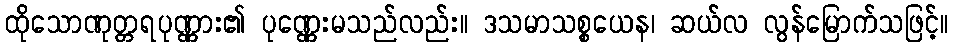
ထိုသောဏုတ္တရပုဏ္ဏား၏ ပုဏ္ဏေးမသည်လည်း။ ဒသမာသစ္စယေန၊ ဆယ်လ လွန်မြောက်သဖြင့်။